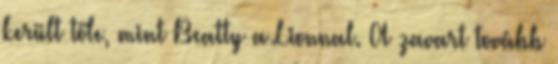
került tőle, mint Beatty a Lionnal. A zavart tovább